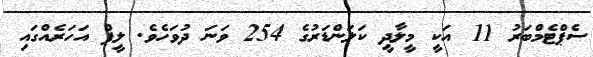
ސެޕްޓެމްބަރު 11 އަކީ މީލާދީ ކަލަންޑަރުގެ 254 ވަނަ ދުވަހެވެ. ލީޕް އަހަރެއްގައި